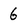
Character: 6